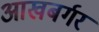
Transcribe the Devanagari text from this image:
आखबर्गर